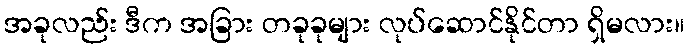
အခုလည်း ဒီက အခြား တခုခုများ လုပ်ဆောင်နိုင်တာ ရှိမလား။